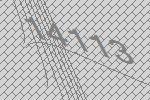
14113